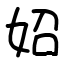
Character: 妱